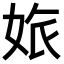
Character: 𡜅